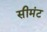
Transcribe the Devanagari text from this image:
सीमंट